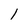
Character: l